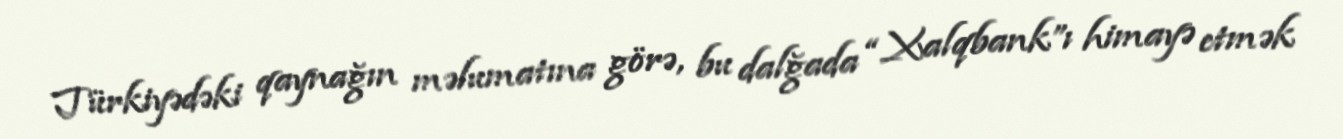
Türkiyədəki qaynağın məlumatına görə, bu dalğada “Xalqbank”ı himayə etmək